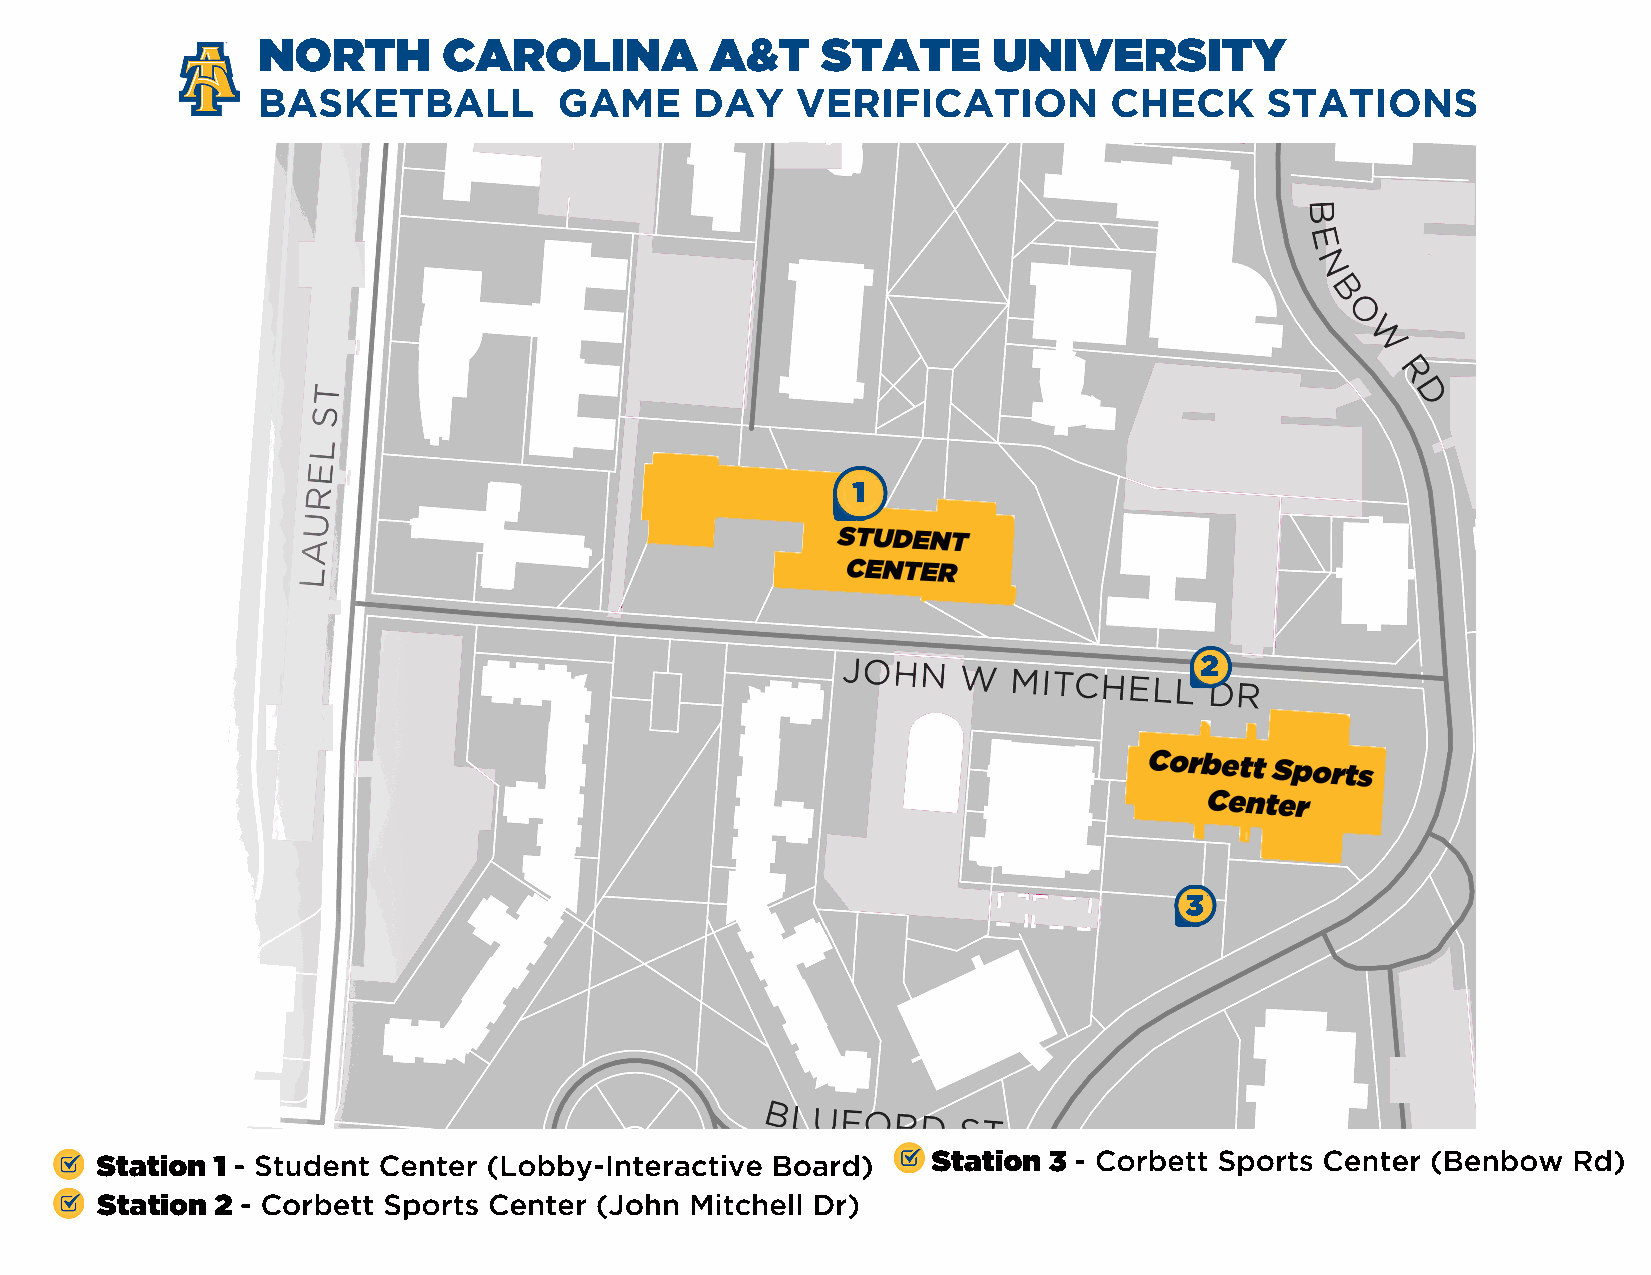
NORTH       CAROLINA          A&T    STATE       UNIVERSITY
 BASKETBALL          GAME     DAY    VERIFICATION        CHECK      STATIONS
 1
 2
 3
 Station 1 - Student Center (Lobby-Interactive Board)    Station 3 - Corbett Sports Center (Benbow Rd)
 Station 2 - Corbett Sports Center (John Mitchell Dr)